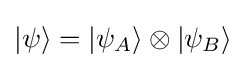
\vert \psi \rangle =\vert \psi _{A}\rangle \otimes \vert \psi _{B}\rangle